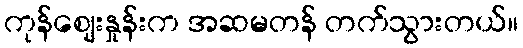
ကုန်ဈေးနှုန်းက အဆမတန် တက်သွားတယ်။